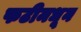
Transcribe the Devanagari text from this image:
फटीमधून